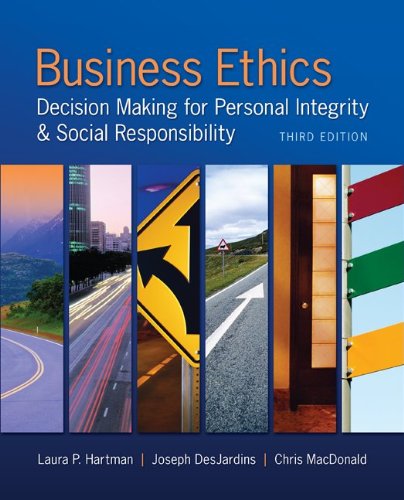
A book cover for Business Ethics: Decision Making for Personal Integrity & Social Responsibility; Laura Hartman; Business & Money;